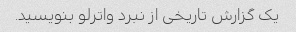
یک گزارش تاریخی از نبرد واترلو بنویسید.